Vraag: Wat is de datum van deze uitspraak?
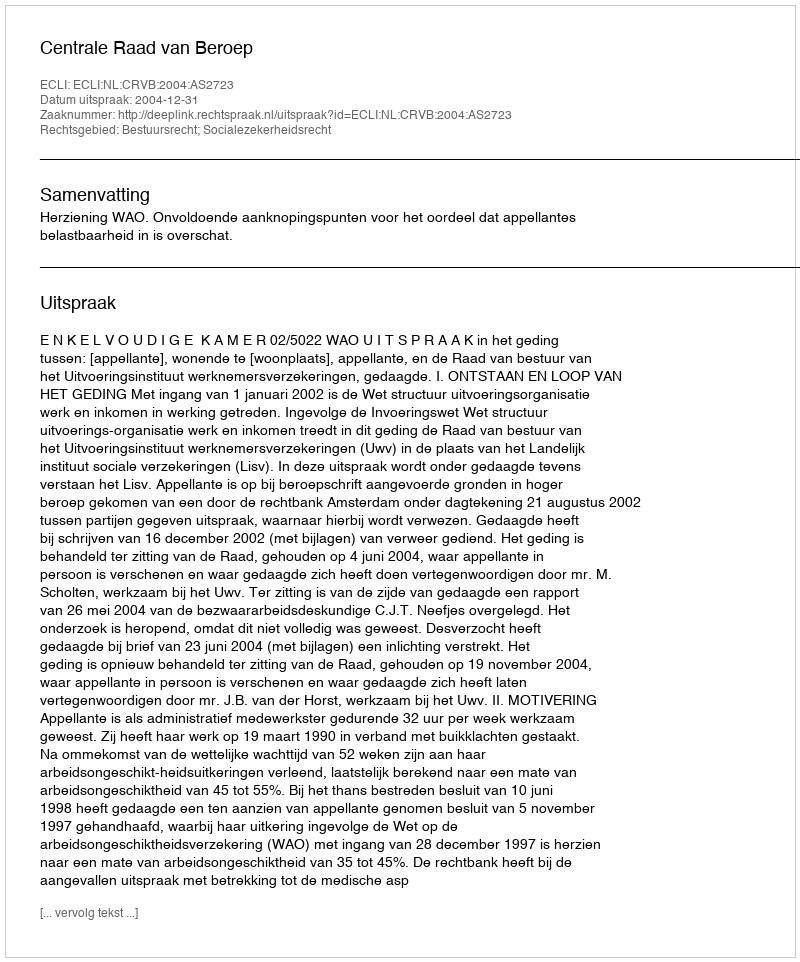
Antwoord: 2004-12-31